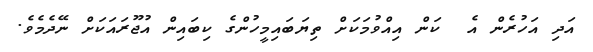
އަދި އަހުރެން އެ  ކަން އިއްވުމަކަށް ތިޔަބައިމީހުންގެ ކިބައިން އުޖޫރައަކަށް ނޭދެމެވެ.